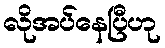
လိုအပ်နေပြီဟု